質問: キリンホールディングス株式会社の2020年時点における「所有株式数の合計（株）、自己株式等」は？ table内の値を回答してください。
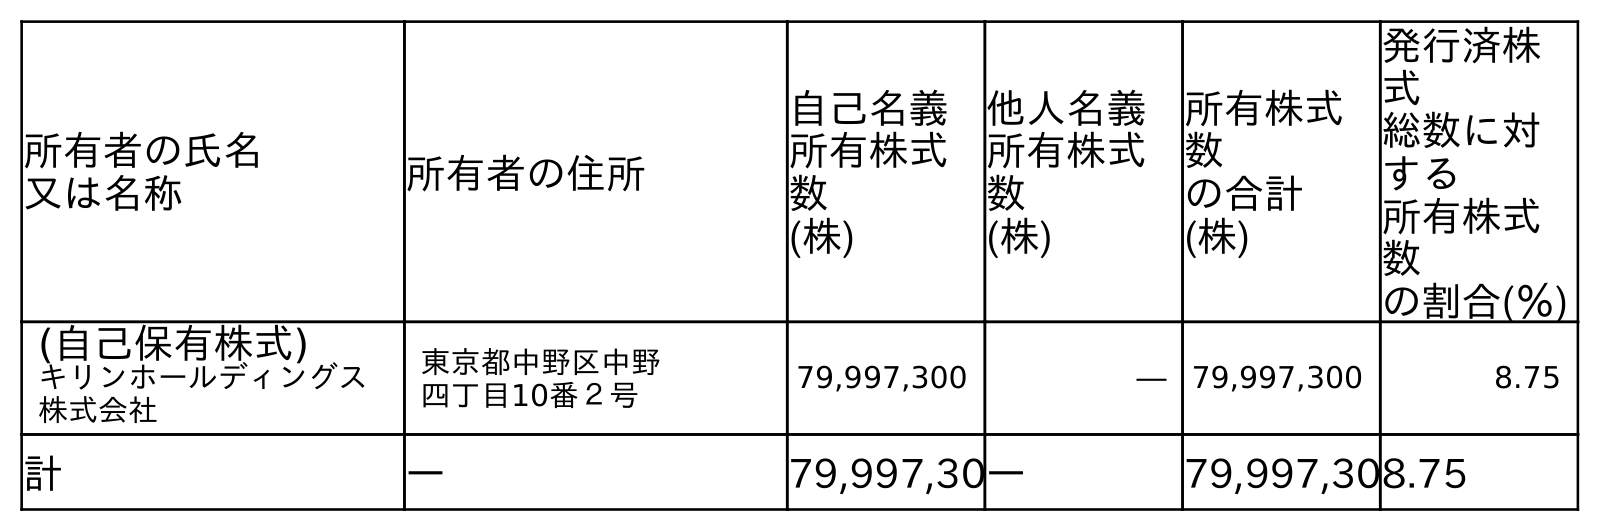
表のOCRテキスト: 所有者の氏名 又は名称 所有者の住所 自己名義 所有株式 数 (株) 他人名義 所有株式 数 (株) 所有株式 数 の合計 (株) 発行済株 式 総数に対 する 所有株式 数 の割合(％) (自己保有株式) キリンホールディングス 株式会社 東京都中野区中野 四丁目10番２号 79,997,300 ― 79,997,300 8.75 計 ― 79,997,30― 79,997,308.75
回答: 79,997,300